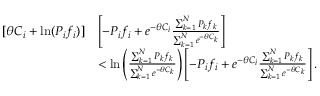
\begin{array} { r l } { [ \theta C _ { i } + \mathrm { l n } ( P _ { i } f _ { i } ) ] } & { \left[ - P _ { i } f _ { i } + e ^ { - \theta C _ { i } } \frac { \sum _ { k = 1 } ^ { N } P _ { k } f _ { k } } { \sum _ { k = 1 } ^ { N } e ^ { - \theta C _ { k } } } \right] } \\ & { < \mathrm { l n } \left( \frac { \sum _ { k = 1 } ^ { N } P _ { k } f _ { k } } { \sum _ { k = 1 } ^ { N } e ^ { - \theta C _ { k } } } \right) \left[ - P _ { i } f _ { i } + e ^ { - \theta C _ { i } } \frac { \sum _ { k = 1 } ^ { N } P _ { k } f _ { k } } { \sum _ { k = 1 } ^ { N } e ^ { - \theta C _ { k } } } \right] . } \end{array}